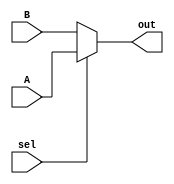
module mux_2to1
 ( 
	input  	A,		//   
	input  	B,		// 

	input	sel,		// input select from sel_mux
  
	output  out
 ); 
  
	assign out = sel ? A : B;	//if sel =1, A  
  					//if sel =0, B 
endmodule